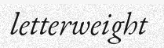
letterweight